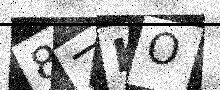
Text: 8ZKO